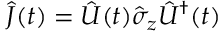
\hat { J } ( t ) = \hat { U } ( t ) \hat { \sigma } _ { z } \hat { U } ^ { \dag } ( t )